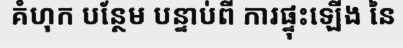
គំហុក បន្ថែម បន្ទាប់ពី ការផ្ទុះឡើង នៃ